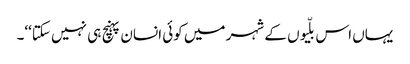
یہاں اس بلّیوں کے شہر میں کوئی انسان پہنچ ہی نہیں سکتا‘‘۔